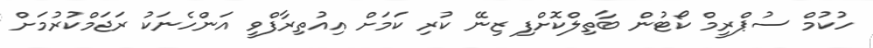
ހުކުމް ސުޕްރީމް ކޯޓުން ބާތިލްކޮށްފި ޒިނޭ ކުރި ކަމަށް އިއުތިރާފްވީ އަންހެނަކު ރަޖަމްކުރުމަށް